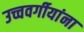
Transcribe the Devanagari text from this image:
उच्चवर्गीयांना